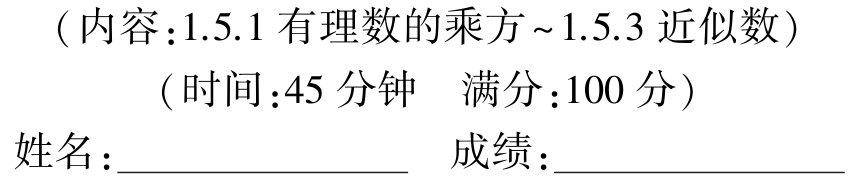
（内容：1.5.1 有理数的乘方～1.5.3 近似数）

（时间：45 分钟  满分：100 分）

姓名：________________  成绩：________________